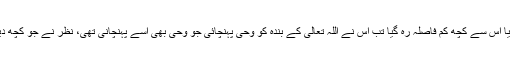
یہاں تک کہ دو کمانوں کے برابر آیا یا اس سے کچھ کم فاصلہ رہ گیا تب اس نے اللہ تعالیٰ کے بندہ کو وحی پہنچائی جو وحی بھی اسے پہنچانی تھی، نظر نے جو کچھ دیکھا دل نے اس میں جھوٹ نہ ملایا ۔